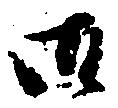
御